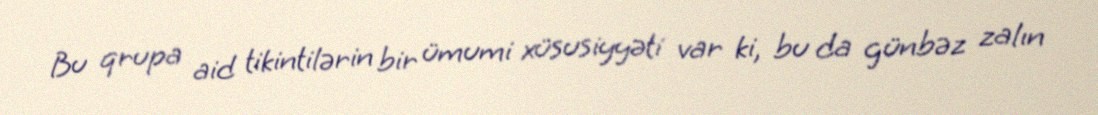
Bu qrupa aid tikintilərin bir ümumi xüsusiyyəti var ki, bu da günbəz zalın